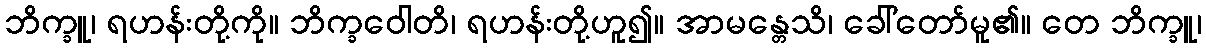
ဘိက္ခူ၊ ရဟန်းတို့ကို။ ဘိက္ခဝေါတိ၊ ရဟန်းတို့ဟူ၍။ အာမန္တေသိ၊ ခေါ်တော်မူ၏။ တေ ဘိက္ခူ၊